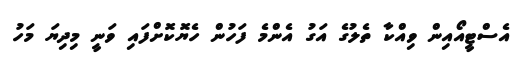
އެސްޓީއޯއިން ވިއްކާ ތެލުގެ އަގު އެންމެ ފަހުން ހެޔޮކޮށްފައި ވަނީ މިދިޔަ މަހު